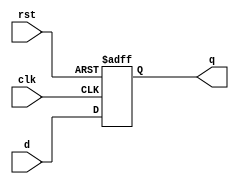
module PIPO (
    d,clk,rst,q
);
    input [2:0]d;
    input clk,rst;
    output reg [2:0]q;

    always @(negedge rst, posedge clk)
    if(!rst)
        q=3'b00;
    else
        q=d;
endmodule